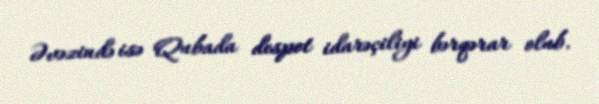
Əvəzində isə Qubada despot idarəçiliyi bərqərar olub.